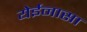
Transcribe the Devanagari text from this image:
येईनासा